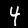
Label: 4